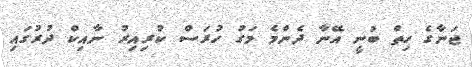
ޖަނާގެ ހިތް ބުނީ އޭނާ ދެންމެ މަގު ހުރަސް ކުރިއިރު ނާއިކް ދުރުގައި